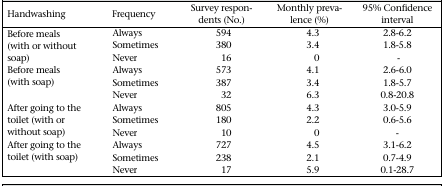
<table><thead><tr><td><b>Handwashing</b></td><td><b>Frequency</b></td><td><b>Survey respondents (No.)</b></td><td><b>Monthly prevalence (%)</b></td><td><b>95% Confidence interval</b></td></tr></thead><tbody><tr><td rowspan="3">Before meals (with or without soap)</td><td>Always</td><td>594</td><td>4.3</td><td>2.8-6.2</td></tr><tr><td>Sometimes</td><td>380</td><td>3.4</td><td>1.8-5.8</td></tr><tr><td>Never</td><td>16</td><td>0</td><td>-</td></tr><tr><td rowspan="3">Before meals (with soap)</td><td>Always</td><td>573</td><td>4.1</td><td>2.6-6.0</td></tr><tr><td>Sometimes</td><td>387</td><td>3.4</td><td>1.8-5.7</td></tr><tr><td>Never</td><td>32</td><td>6.3</td><td>0.8-20.8</td></tr><tr><td rowspan="3">After going to the toilet (with or without soap)</td><td>Always</td><td>805</td><td>4.3</td><td>3.0-5.9</td></tr><tr><td>Sometimes</td><td>180</td><td>2.2</td><td>0.6-5.6</td></tr><tr><td>Never</td><td>10</td><td>0</td><td>-</td></tr><tr><td rowspan="3">After going to the toilet (with soap)</td><td>Always</td><td>727</td><td>4.5</td><td>3.1-6.2</td></tr><tr><td>Sometimes</td><td>238</td><td>2.1</td><td>0.7-4.9</td></tr><tr><td>Never</td><td>17</td><td>5.9</td><td>0.1-28.7</td></tr></tbody></table>